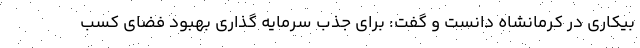
بیکاری در کرمانشاه دانست و گفت: برای جذب سرمایه گذاری بهبود فضای کسب